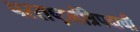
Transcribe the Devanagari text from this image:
परराष्ट्रमंत्रिपदाची